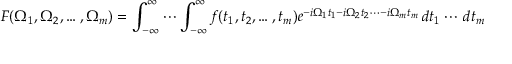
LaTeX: F ( \Omega _ { 1 } , \Omega _ { 2 } , \ldots , \Omega _ { m } ) = \int _ { - \infty } ^ { \infty } \cdots \int _ { - \infty } ^ { \infty } f ( t _ { 1 } , t _ { 2 } , \ldots , t _ { m } ) e ^ { - i \Omega _ { 1 } t _ { 1 } - i \Omega _ { 2 } t _ { 2 } \cdots - i \Omega _ { m } t _ { m } } \, d t _ { 1 } \cdots \, d t _ { m }